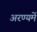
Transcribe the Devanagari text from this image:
अरण्यमें